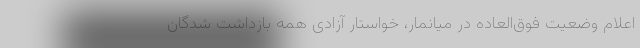
اعلام وضعیت فوق‌العاده در میانمار، خواستار آزادی همه بازداشت شدگان